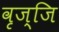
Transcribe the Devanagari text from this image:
वृज्जि